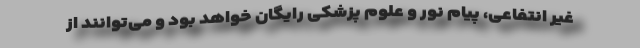
غیر انتفاعی، پیام نور و علوم پزشکی رایگان خواهد بود و می‌توانند از